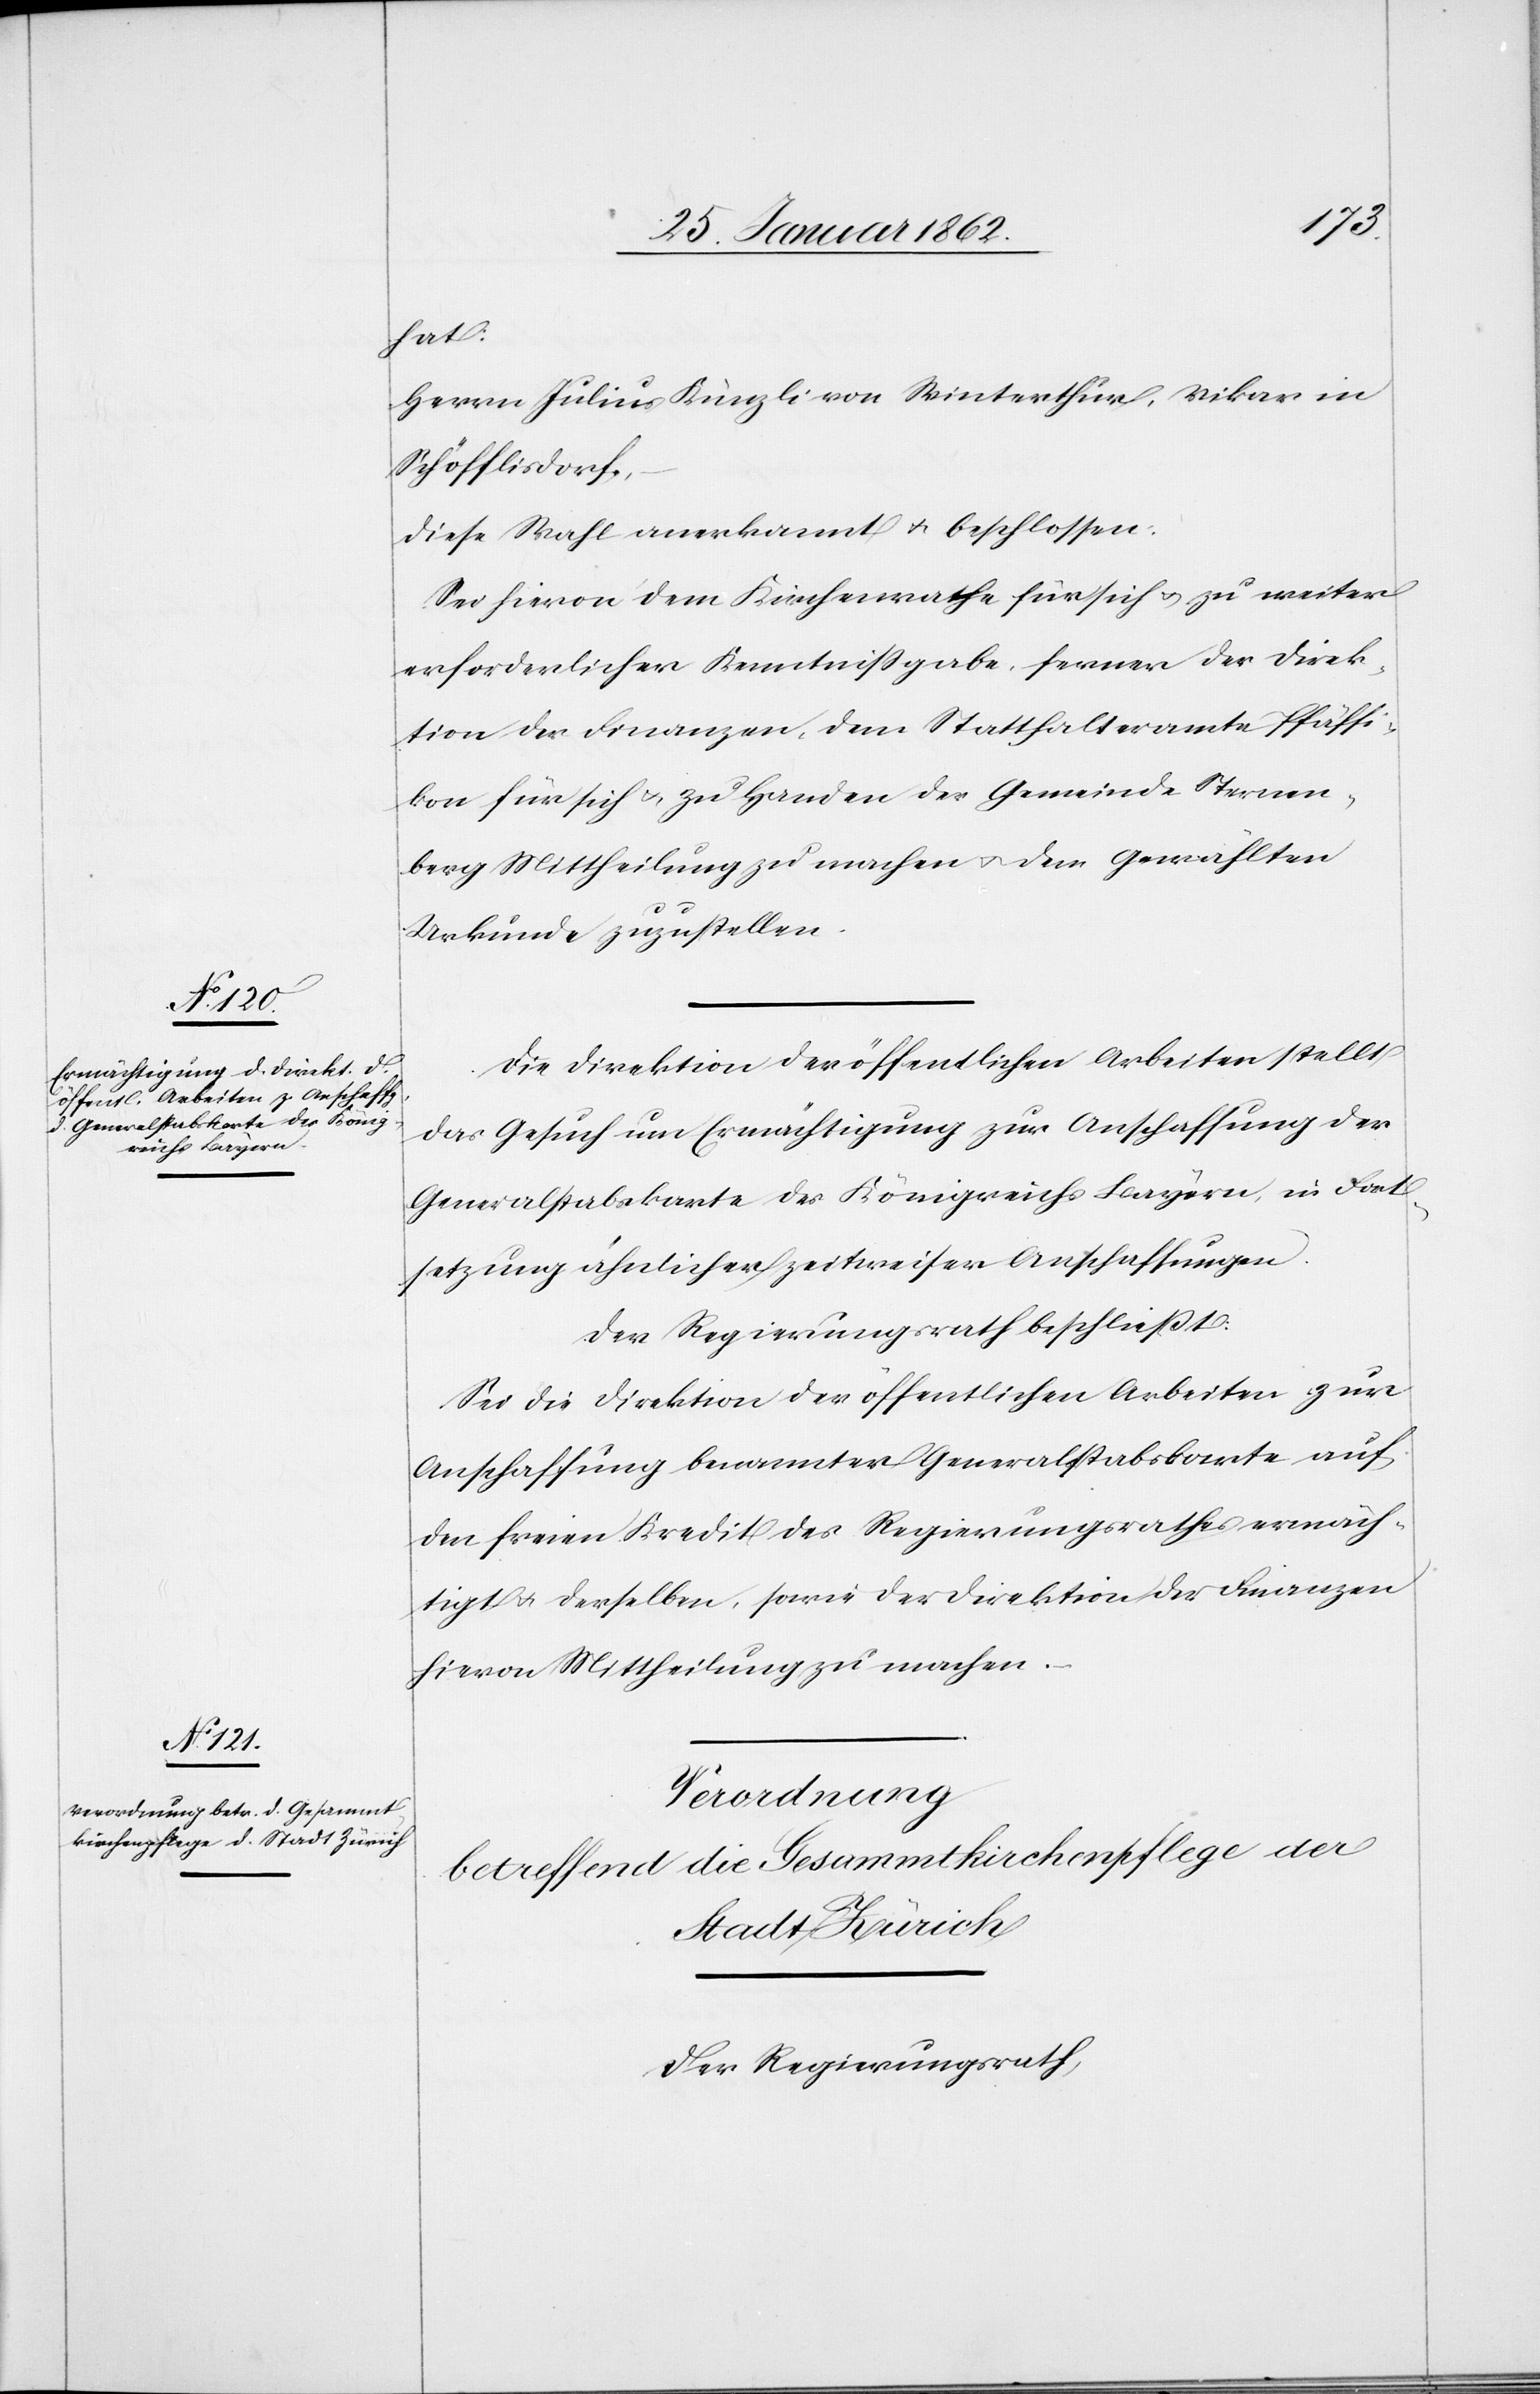
hat:
Herrn Julius Künzli von Winterthur, Vikar in
Schöfflisdorf,
diese Wahl anerkannt u. beschlossen:
Sei hievon dem Kirchenrathe für sich u. zu weiter
erforderlicher Kenntnißgabe, ferner der Direk¬
tion der Finanzen, dem Statthalteramte Pfäffi¬
kon für sich u. zu Handen der Gemeinde Sternen¬
berg Mittheilung zu machen u. dem Gewählten
Urkunde zuzustellen.
Die Direktion der öffentlichen Arbeiten stellt
das Gesuch um Ermächtigung zur Anschaffung der
Generalstabskarte des Königreichs Bayern, in Fort¬
setzung ähnlicher zeitweisen Anschaffungen.
Der Regierungsrath beschließt:
Sei die Direktion der öffentlichen Arbeiten zur
Anschaffung benannter Generalstabskarte auf
den freien Kredit des Regierungsrathes ermäch¬
tigt u. derselben, sowie der Direktion der Finanzen
hievon Mittheilung zu machen.
Verordnung
betreffend die Gesammtkirchenpflege der
Stadt Zürich
Der Regierungsrath,